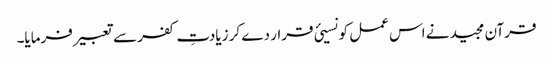
قرآن مجید نے اس عمل کو نسیئ قرار دے کر زیادتِ کفر سے تعبیر فرمایا۔